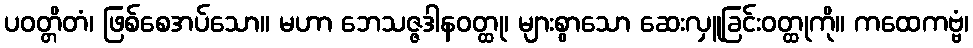
ပဝတ္တိတံ၊ ဖြစ်စေအပ်သော။ မဟာ ဘေသဇ္ဇဒါနဝတ္ထု၊ များစွာသော ဆေးလှူခြင်းဝတ္ထုကို။ ကထေကဗ္ဗံ၊